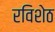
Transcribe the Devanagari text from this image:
रविशेठ